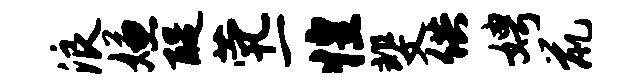
浪嫌醍茕一惶斐供娉鼠